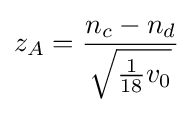
z_{A}={n_{c}-n_{d} \over {\sqrt {{\frac {1}{18}}v_{0}}}}